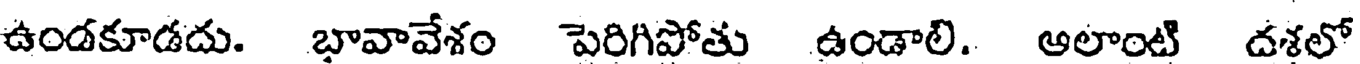
ఉండకూడదు. భావావేశం పెరిగిపోతు ఉండాలి. ఆలాంటి దశలో